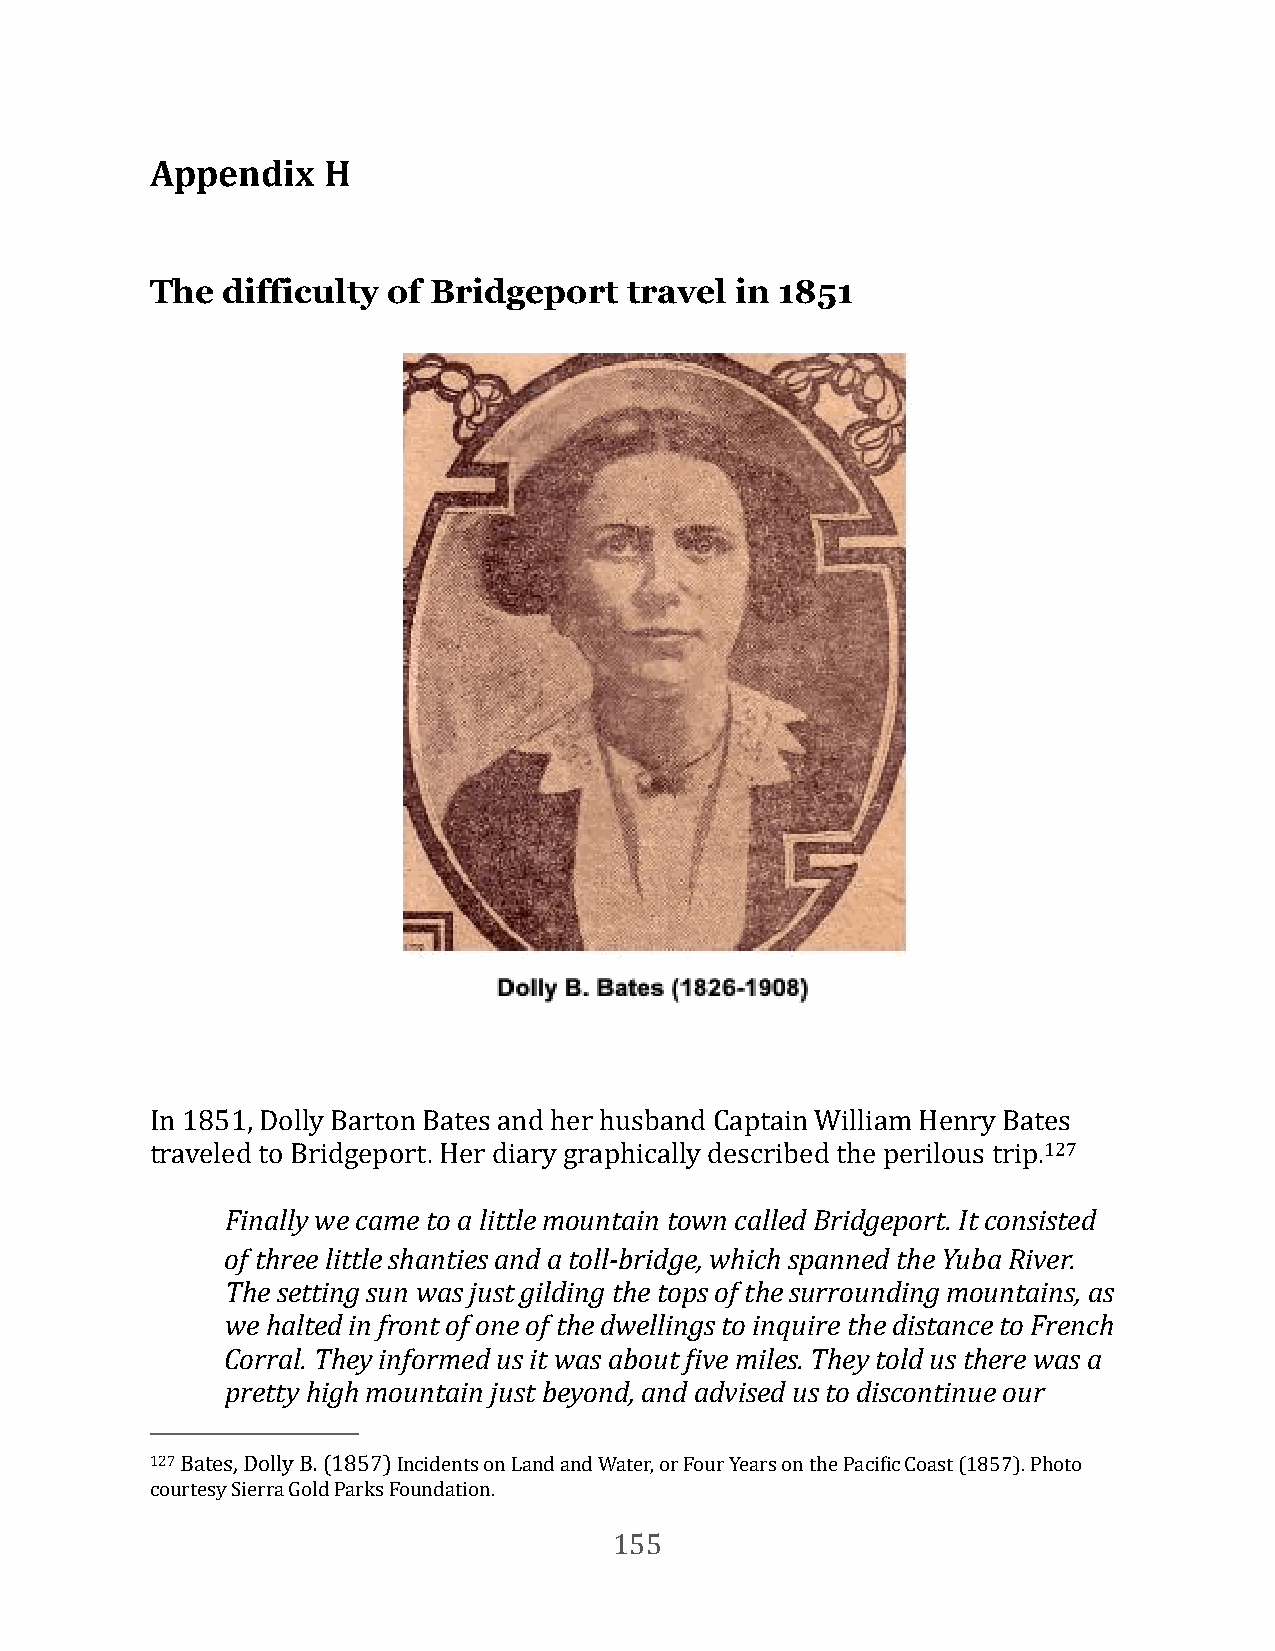
Appendix   H
 The  difficulty of Bridgeport  travel  in 1851
 In 1851, Dolly Barton Bates and her husband Captain William Henry Bates
 traveled to Bridgeport. Her diary graphically described the perilous trip.127
 Finally we came to a little mountain town called Bridgeport. It consisted
 of three little shanties and a toll-bridge, which spanned the Yuba River.
 The setting sun was just gilding the tops of the surrounding mountains, as
 we halted in front of one of the dwellings to inquire the distance to French
 Corral. They informed us it was about eive miles. They told us there was a
 pretty high mountain just beyond, and advised us to discontinue our
 127 Bates, Dolly B. (1857) Incidents on Land and Water, or Four Years on the PaciFic Coast (1857). Photo
 courtesy Sierra Gold Parks Foundation.
 155